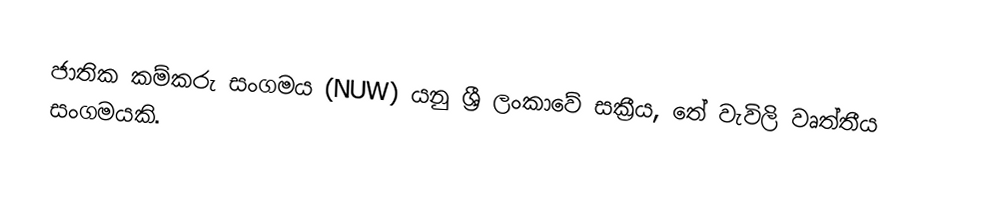
ජාතික කම්කරු සංගමය (NUW) යනු ශ්‍රී ලංකාවේ සක්‍රීය, තේ වැවිලි වෘත්තීය සංගමයකි.